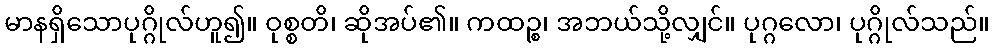
မာနရှိသောပုဂ္ဂိုလ်ဟူ၍။ ဝုစ္စတိ၊ ဆိုအပ်၏။ ကထဉ္စ၊ အဘယ်သို့လျှင်။ ပုဂ္ဂလော၊ ပုဂ္ဂိုလ်သည်။